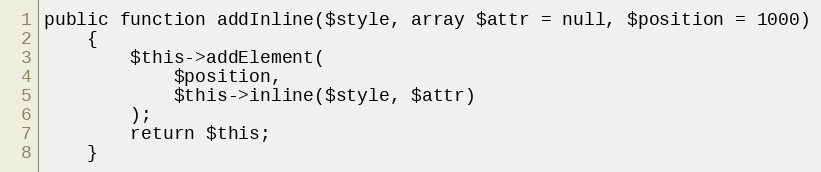
Language: PHP
public function addInline($style, array $attr = null, $position = 1000)
    {
        $this->addElement(
            $position,
            $this->inline($style, $attr)
        );
        return $this;
    }